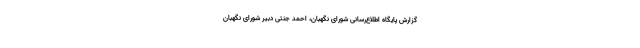
گزارش پایگاه اطلاع‌رسانی شورای نگهبان، احمد جنتی دبیر شورای نگهبان